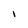
Character: l